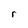
Character: r